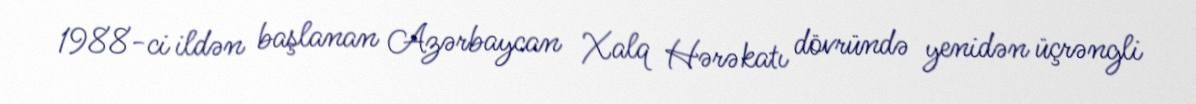
1988-ci ildən başlanan Azərbaycan Xalq Hərəkatı dövründə yenidən üçrəngli